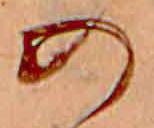
の